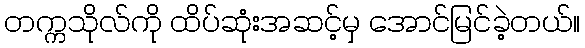
တက္ကသိုလ်ကို ထိပ်ဆုံးအဆင့်မှ အောင်မြင်ခဲ့တယ်။